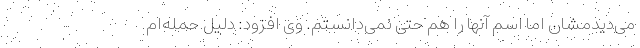
می‌دیدمشان اما اسم آنها را هم حتی نمی‌دانستم. وی افزود: دلیل حمله‌ام